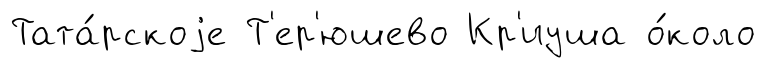
Тата́рскоjе Т'ер'юшево Кр'иуша о́коло